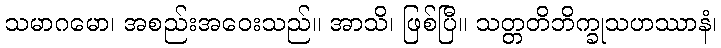
သမာဂမော၊ အစည်းအဝေးသည်။ အာသိ၊ ဖြစ်ပြီ။ သတ္တတိဘိက္ခုသဟဿာနံ၊